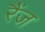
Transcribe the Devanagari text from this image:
रैंज